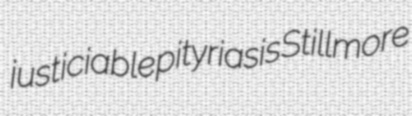
justiciable pityriasis Stillmore